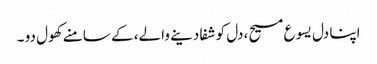
اپنا دل یسوع مسیح، دل کو شفا دینے والے، کے سامنے کھول دو ۔